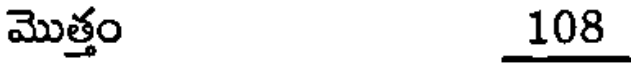
మొత్తం 108